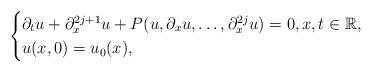
LaTeX: \begin{align*} \begin{cases}\partial_tu + \partial_x^{2j+1}u + P(u,\partial_xu,\dots,\partial_x^{2j}u) = 0,x,t\in\mathbb{R},\\u(x,0) = u_0(x),\end{cases}\end{align*}